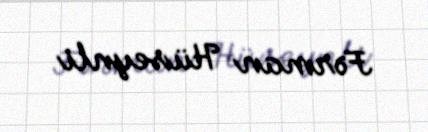
Fərman Hüseynli